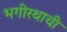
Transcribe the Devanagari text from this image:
भगीरथाची